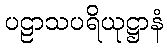
ပဠာသပရိယုဋ္ဌာနံ